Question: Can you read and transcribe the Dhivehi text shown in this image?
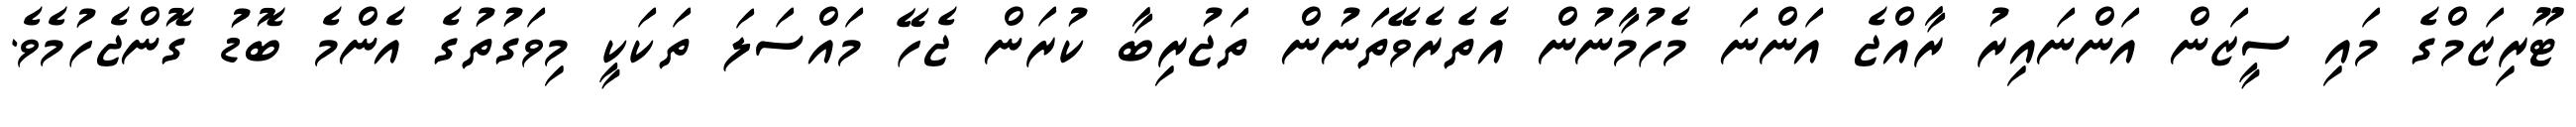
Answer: ޓޫރިޒަމްގެ މައި ސީޒަން އަންނައިރު ރާއްޖެ އަންނަ މެހުމާނުން އެތެރެވޭތަނުން ތަޖުރިބާ ކުރަން ޖެހޭ މައްސަލަ ތަކަކީ މިވަގުތުގެ އެންމެ ބޮޑު ގޮންޖެހުމެވެ.